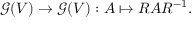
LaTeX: { \mathcal { G } } ( V ) \to { \mathcal { G } } ( V ) : A \mapsto R A R ^ { - 1 } .